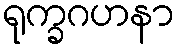
ရုက္ခဂဟနာ